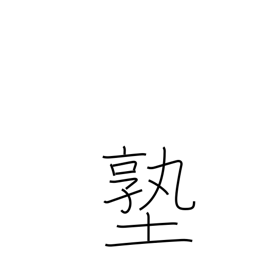
Meaning: private school